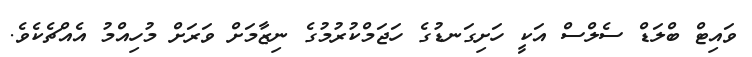
ވައިޓް ބްލަޑް ސެލްސް އަކީ ހަށިގަނޑުގެ ހަޖަމްކުރުމުގެ ނިޒާމަށް ވަރަށް މުހިއްމު އެއްޗެކެވެ.